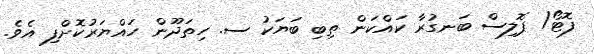
ފޮޓޯ/ ޕޮލިސް ބަނގުރާ ކައްކަން ތިބި ބަޔަކު ސ. ހިތަދޫން ހައްޔަރުކޮށްފި އެވެ.